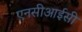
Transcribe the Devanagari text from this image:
एनसीआईसी